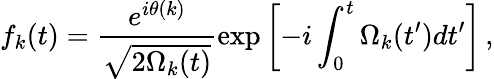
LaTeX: f_{k}(t)=\frac{e^{i\theta(k)}}{\sqrt{2\Omega_{k}(t)}}\exp\left[-i\int_{0}^{t}\Omega_{k}(t^{\prime})dt^{\prime}\right]\, ,